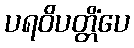
ပရဝိပတ္တိံပေ